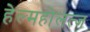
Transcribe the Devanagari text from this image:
हेल्महोलत्ज